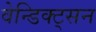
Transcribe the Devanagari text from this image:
वेन्डिक्ट्सन